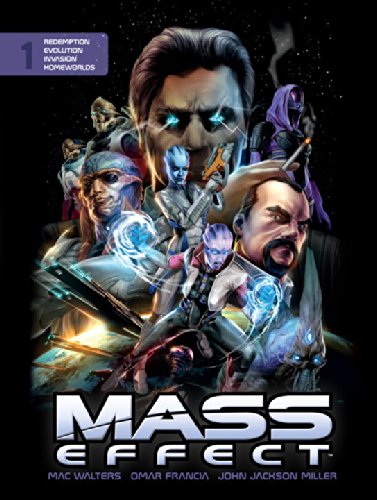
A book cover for Mass Effect Library Edition Volume 1; Mac Walters; Comics & Graphic Novels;